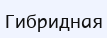
Гибридная